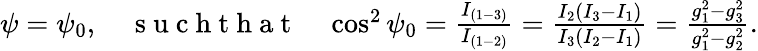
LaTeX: \begin{array}{r}{\psi=\psi_{0},\quad\mathrm{~s~u~c~h~t~h~a~t~}\quad\cos^{2}\psi_{0}=\frac{I_{(1-3)}}{I_{(1-2)}}=\frac{I_{2}(I_{3}-I_{1})}{I_{3}(I_{2}-I_{1})}=\frac{g_{1}^{2}-g_{3}^{2}}{g_{1}^{2}-g_{2}^{2}}.}\end{array}